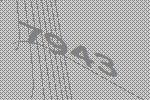
7943